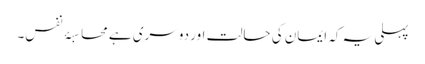
پہلی یہ کہ ایمان کی حالت اور دوسری ہے محاسبۂ نفس۔